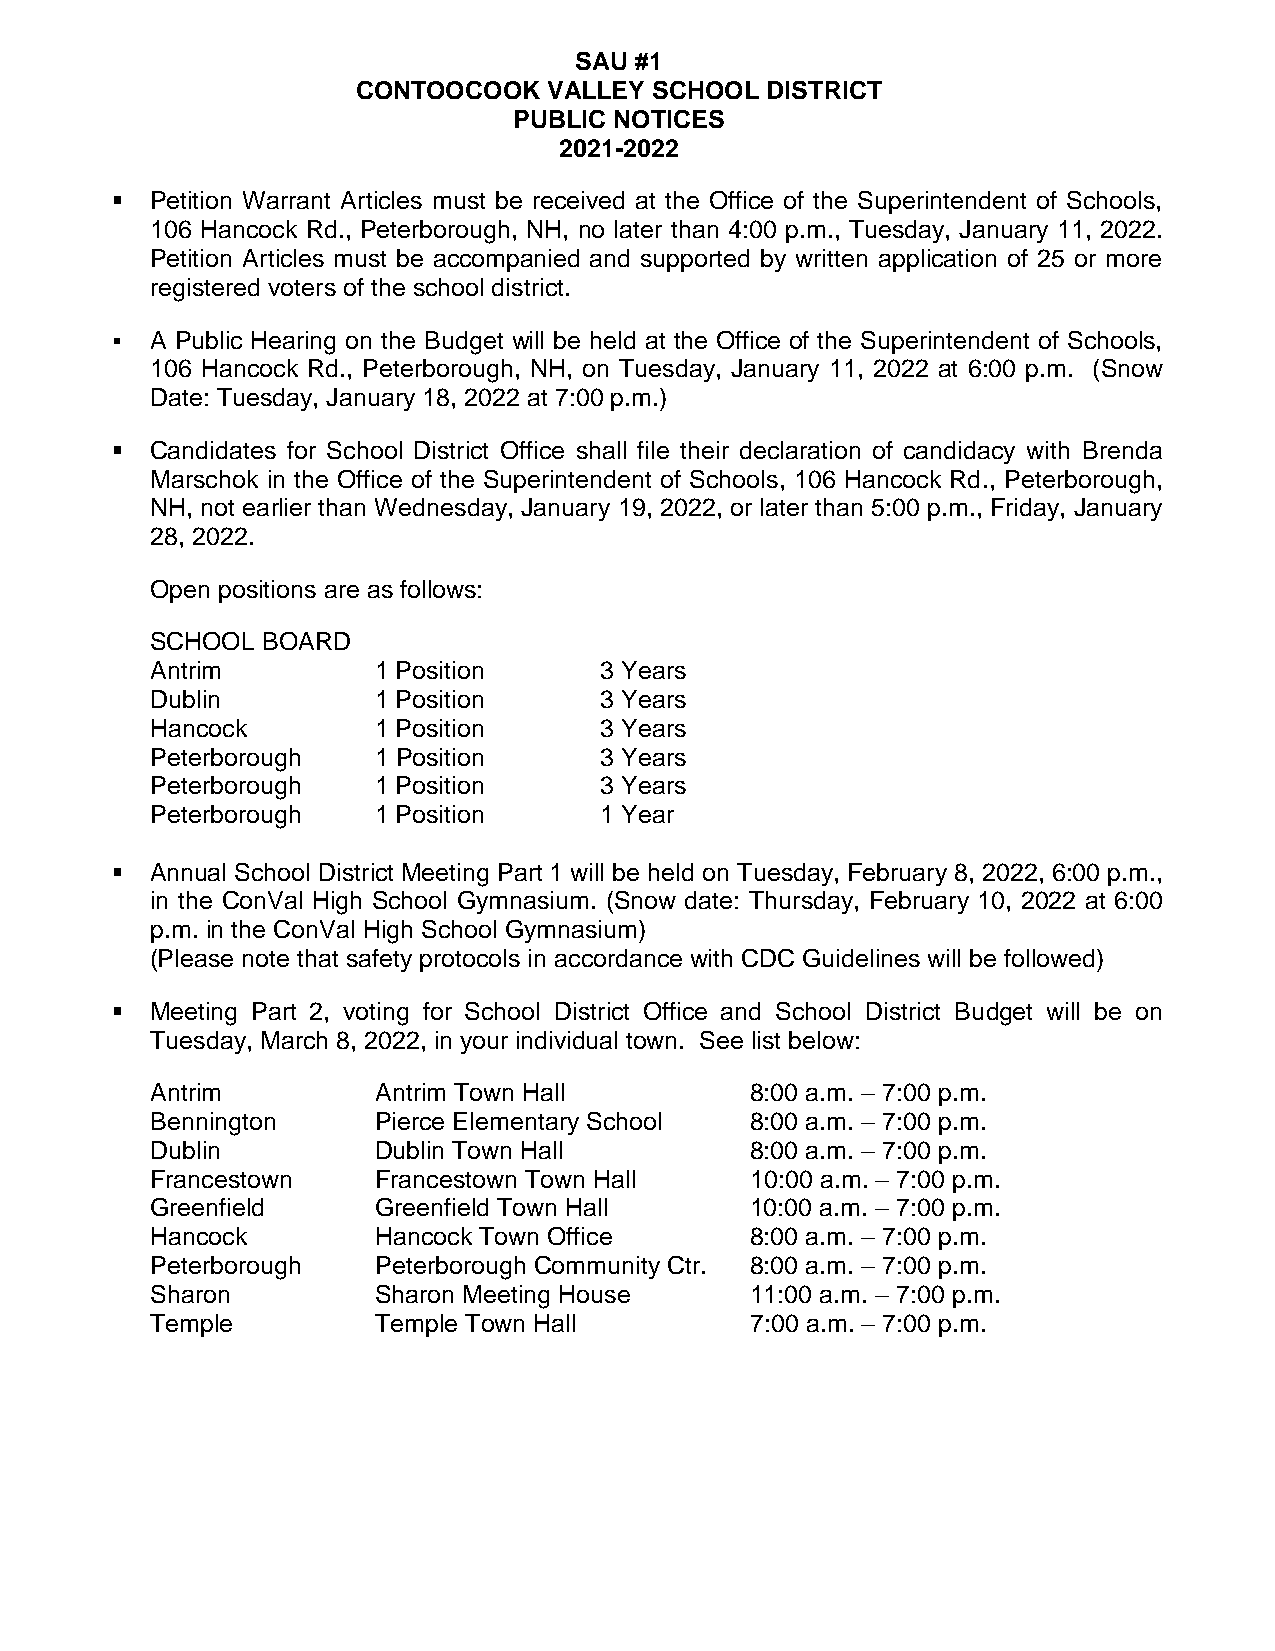
SAU #1
 CONTOOCOOK  VALLEY SCHOOL  DISTRICT
 PUBLIC NOTICES
 2021-2022
 ▪  Petition Warrant Articles must be received at the Office of the Superintendent of Schools,
 106 Hancock Rd., Peterborough, NH, no later than 4:00 p.m., Tuesday, January 11, 2022.
 Petition Articles must be accompanied and supported by written application of 25 or more
 registered voters of the school district.
 ▪  A Public Hearing on the Budget will be held at the Office of the Superintendent of Schools,
 106 Hancock Rd., Peterborough, NH, on Tuesday, January 11, 2022 at 6:00 p.m. (Snow
 Date: Tuesday, January 18, 2022 at 7:00 p.m.)
 ▪  Candidates for School District Office shall file their declaration of candidacy with Brenda
 Marschok in the Office of the Superintendent of Schools, 106 Hancock Rd., Peterborough,
 NH, not earlier than Wednesday, January 19, 2022, or later than 5:00 p.m., Friday, January
 28, 2022.
 Open positions are as follows:
 SCHOOL BOARD
 Antrim         1 Position     3 Years
 Dublin         1 Position     3 Years
 Hancock        1 Position     3 Years
 Peterborough   1 Position     3 Years
 Peterborough   1 Position     3 Years
 Peterborough   1 Position     1 Year
 ▪  Annual School District Meeting Part 1 will be held on Tuesday, February 8, 2022, 6:00 p.m.,
 in the ConVal High School Gymnasium. (Snow date: Thursday, February 10, 2022 at 6:00
 p.m. in the ConVal High School Gymnasium)
 (Please note that safety protocols in accordance with CDC Guidelines will be followed)
 ▪  Meeting Part 2, voting for School District Office and School District Budget will be on
 Tuesday, March 8, 2022, in your individual town. See list below:
 Antrim         Antrim Town Hall         8:00 a.m. – 7:00 p.m.
 Bennington     Pierce Elementary School 8:00 a.m. – 7:00 p.m.
 Dublin         Dublin Town Hall         8:00 a.m. – 7:00 p.m.
 Francestown    Francestown Town Hall    10:00 a.m. – 7:00 p.m.
 Greenfield     Greenfield Town Hall     10:00 a.m. – 7:00 p.m.
 Hancock        Hancock Town Office      8:00 a.m. – 7:00 p.m.
 Peterborough   Peterborough Community Ctr. 8:00 a.m. – 7:00 p.m.
 Sharon         Sharon Meeting House     11:00 a.m. – 7:00 p.m.
 Temple         Temple Town Hall         7:00 a.m. – 7:00 p.m.